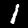
Digit: 1